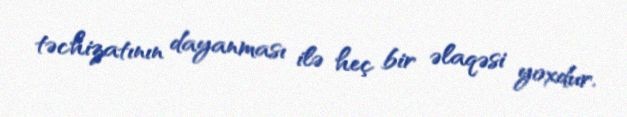
təchizatının dayanması ilə heç bir əlaqəsi yoxdur.